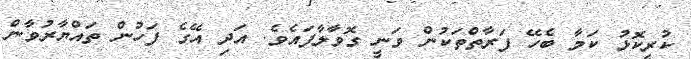
ކުރީކޮޅު ކަމާ ބެހޭ ފަރާތްތަކުން ވަނީ ގޮވާލާފައެވެ. އަދި އޭގެ ފަހުން ތައްޔާރުވާން